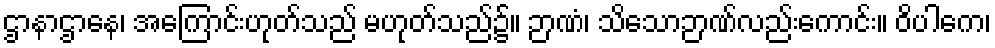
ဌာနာဌာနေ၊ အကြောင်းဟုတ်သည် မဟုတ်သည်၌။ ဉာဏံ၊ သိသောဉာဏ်လည်းကောင်း။ ဝိပါကေ၊